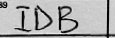
Transcription: IDB